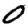
Digit: 0